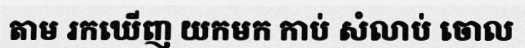
តាម រកឃើញ យកមក កាប់ សំលាប់ ចោល